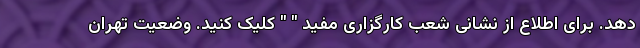
دهد. برای اطلاع از نشانی شعب کارگزاری مفید " " کلیک کنید. وضعیت تهران